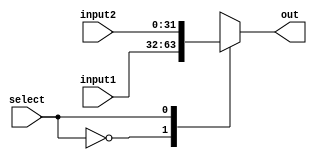
module MuxULA(input1, input2, out, select); //Mux de entrada da ULA

  input select;
  input [31:0] input1, input2;
  output reg [31:0] out;

 always @ (*) begin
	
 	case(select)
		   1'b0 : out = input1;
    	 	1'b1 : out = input2;
   	endcase
   
  end

endmodule